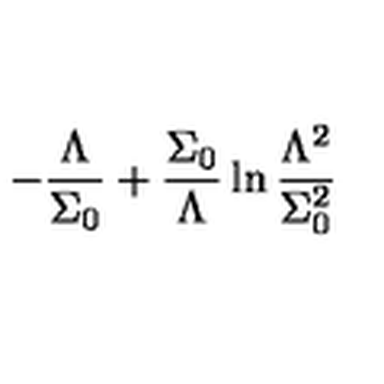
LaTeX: - \frac { \Lambda } { \Sigma _ { 0 } } + \frac { \Sigma _ { 0 } } { \Lambda } \ln \frac { \Lambda ^ { 2 } } { \Sigma _ { 0 } ^ { 2 } }